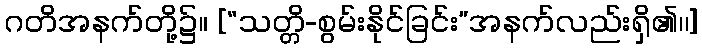
ဂတိအနက်တို့၌။ [“သတ္တိ-စွမ်းနိုင်ခြင်း”အနက်လည်းရှိ၏၊၊]